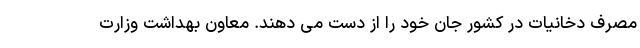
مصرف دخانیات در کشور جان خود را از دست می ‌دهند. معاون بهداشت وزارت